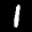
Label: 1